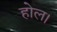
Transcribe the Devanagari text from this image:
होल।